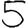
Digit: 5